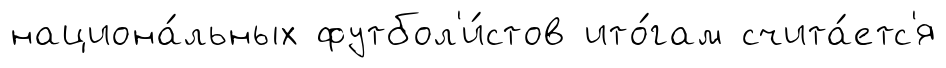
национа́льных футбол'и́стов ито́гам счита́етс'я